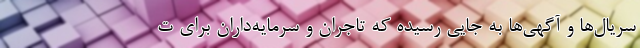
‌سریال‌ها و آگهی‌ها به جایی رسیده که تاجران و سرمایه‌داران برای ت